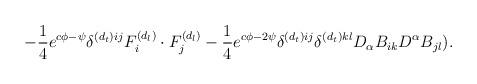
LaTeX: \begin{align*}- \frac{1}{4} e^{c \phi - \psi} \delta^{(d_t) ij} F^{(d_l)}_i \cdot F^{(d_l)}_j - \frac{1}{4} e^{c \phi -2 \psi} \delta^{(d_t) ij} \delta^{(d_t) kl} D_{\alpha}B_{ik} D^{\alpha}B_{jl}) .\end{align*}